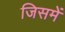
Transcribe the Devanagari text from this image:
जिसमें